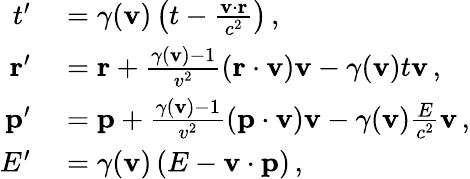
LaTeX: \begin{array}{rl}{t^{\prime}}&{{}=\gamma(\mathbf{v})\left(t-{\frac{\mathbf{v}\cdot\mathbf{r}}{c^{2}}}\right)\, ,}\\ {\mathbf{r}^{\prime}}&{{}=\mathbf{r}+{\frac{\gamma(\mathbf{v})-1}{v^{2}}}(\mathbf{r}\cdot\mathbf{v})\mathbf{v}-\gamma(\mathbf{v})t\mathbf{v}\, ,}\\ {\mathbf{p}^{\prime}}&{{}=\mathbf{p}+{\frac{\gamma(\mathbf{v})-1}{v^{2}}}(\mathbf{p}\cdot\mathbf{v})\mathbf{v}-\gamma(\mathbf{v}){\frac{E}{c^{2}}}\mathbf{v}\, ,}\\ {E^{\prime}}&{{}=\gamma(\mathbf{v})\left(E-\mathbf{v}\cdot\mathbf{p}\right)\, ,}\end{array}